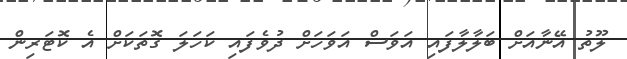
ލޫތު އޭނާއަށް ބަލާލާފައި އަވަސް އަވަހަށް ދުވެފައި ކަހަލަ ގޮތަކަށް އެ ކޮޓަރިން